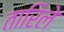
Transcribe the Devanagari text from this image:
तारिले